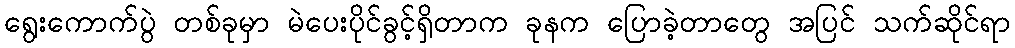
ရွေးကောက်ပွဲ တစ်ခုမှာ မဲပေးပိုင်ခွင့်ရှိတာက ခုနက ပြောခဲ့တာတွေ အပြင် သက်ဆိုင်ရာ